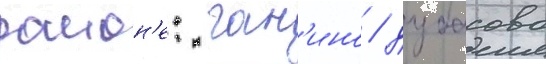
раион'е: ган'ино / дубасово